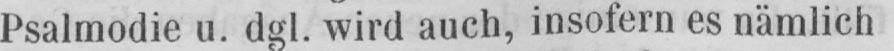
Psalmodie u. dgl. wird auch, insofern es nämlich